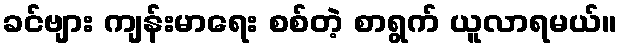
ခင်ဗျား ကျန်းမာရေး စစ်တဲ့ စာရွက် ယူလာရမယ်။